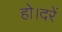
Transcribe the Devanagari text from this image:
हो।दरें